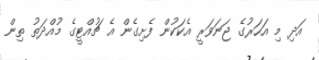
އަދި މި އަހަރުގެ ޖަނަވަރީ އެކަކުން ފެށިގެން އެ ޗުއްޓީގެ މުއްދަތު ތިން